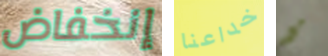
إنخفاض خداعنا مع